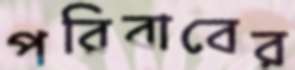
পরিবাবের